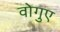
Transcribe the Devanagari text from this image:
वोगुए